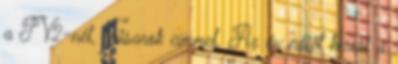
a TV2-nél, Tűsarok címmel. Az év nőjét keresi a